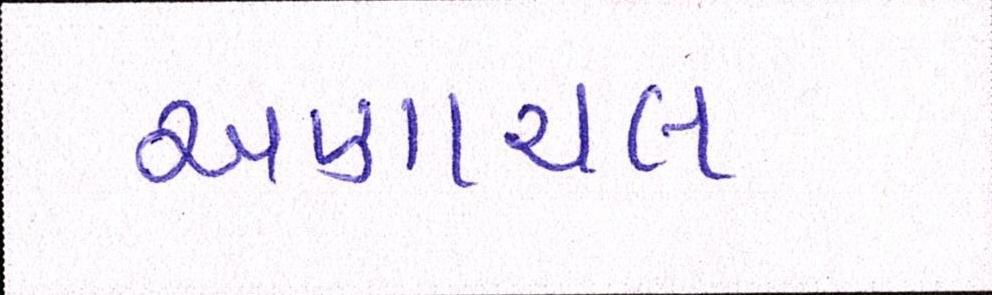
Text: અણાચલ